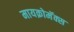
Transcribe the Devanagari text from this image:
मायक्रोमॅक्स